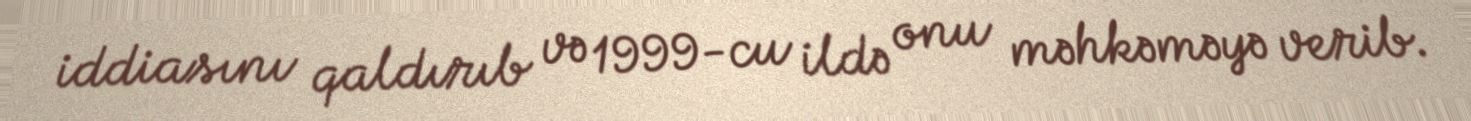
iddiasını qaldırıb və 1999-cu ildə onu məhkəməyə verib.